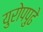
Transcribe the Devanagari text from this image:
युरोपपुढे